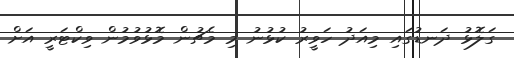
ގަލޮޅު ދަނޑުގައި މިއަދު ހަވީރު ކުޅުނު މި މެޗުން މޮޅުވުމުން ވިކްޓަރީ އަށް